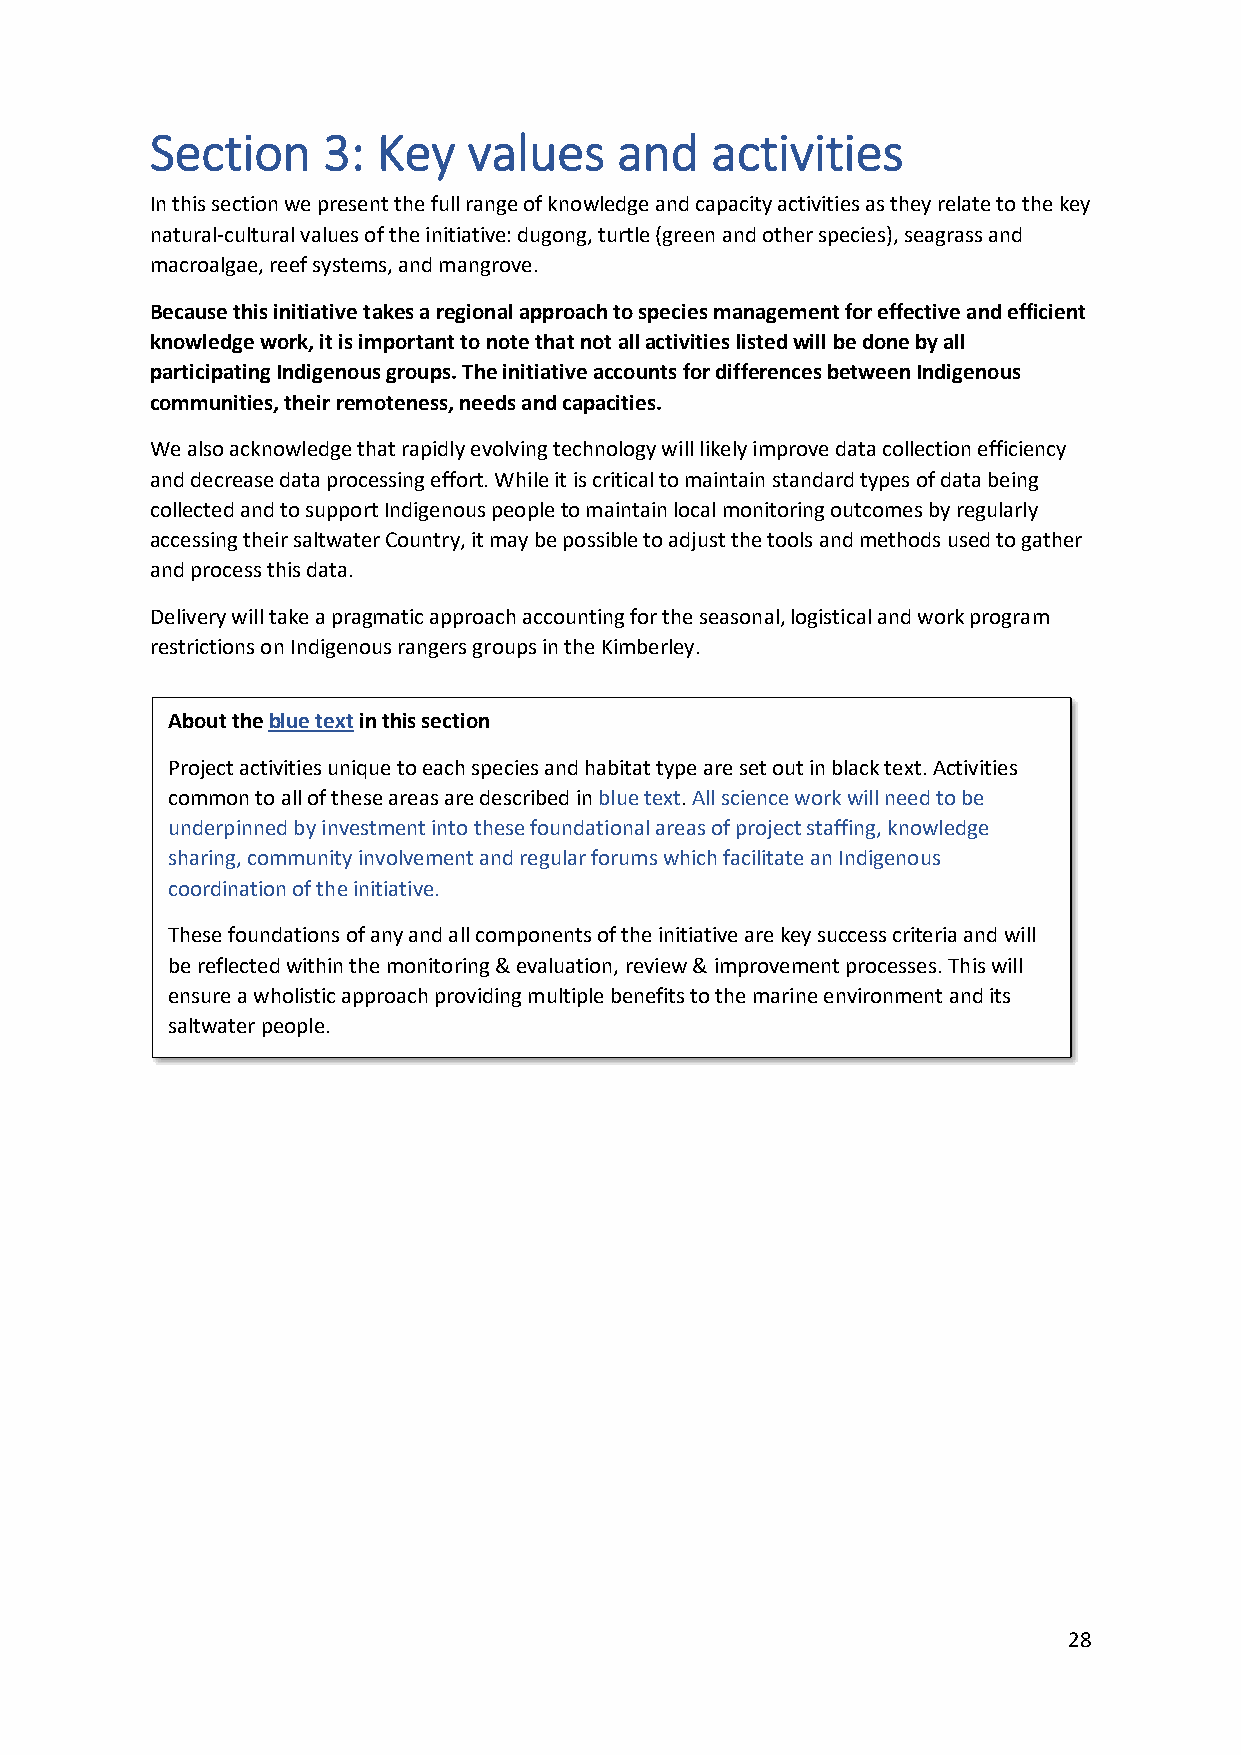
Section    3:  Key   values    and   activities
 In this section we present the full range of knowledge and capacity activities as they relate to the key
 natural-cultural values of the initiative: dugong, turtle (green and other species), seagrass and
 macroalgae, reef systems, and mangrove.
 Because this initiative takes a regional approach to species management for effective and efficient
 knowledge work, it is important to note that not all activities listed will be done by all
 participating Indigenous groups. The initiative accounts for differences between Indigenous
 communities, their remoteness, needs and capacities.
 We also acknowledge that rapidly evolving technology will likely improve data collection efficiency
 and decrease data processing effort. While it is critical to maintain standard types of data being
 collected and to support Indigenous people to maintain local monitoring outcomes by regularly
 accessing their saltwater Country, it may be possible to adjust the tools and methods used to gather
 and process this data.
 Delivery will take a pragmatic approach accounting for the seasonal, logistical and work program
 restrictions on Indigenous rangers groups in the Kimberley.
 About the blue text in this section
 Project activities unique to each species and habitat type are set out in black text. Activities
 common to all of these areas are described in blue text. All science work will need to be
 underpinned by investment into these foundational areas of project staffing, knowledge
 sharing, community involvement and regular forums which facilitate an Indigenous
 coordination of the initiative.
 These foundations of any and all components of the initiative are key success criteria and will
 be reflected within the monitoring & evaluation, review & improvement processes. This will
 ensure a wholistic approach providing multiple benefits to the marine environment and its
 saltwater people.
 28